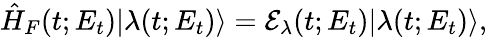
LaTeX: \hat{H}_{F}(t;E_{t})|\lambda(t;E_{t})\rangle=\mathcal{E}_{\lambda}(t;E_{t})|\lambda(t;E_{t})\rangle,